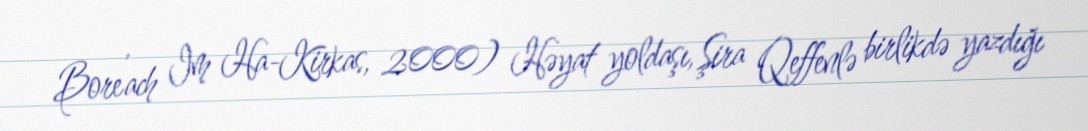
Boreʹach Im Ha-Kirkas, 2000) Həyat yoldaşı, Şira Qeffenlə birlikdə yazdığı